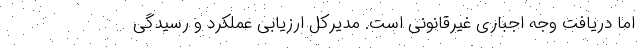
اما دریافت وجه اجباری غیرقانونی است. مدیرکل ارزیابی عملکرد و رسیدگی